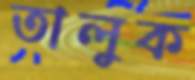
তালুক